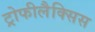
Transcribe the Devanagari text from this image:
ट्रोफीलैक्सिस